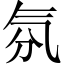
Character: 氛